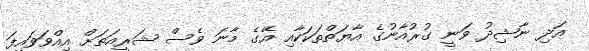
އަދި ނާޝިދު ވަނީ ގުރުއާނުގެ އާޔަތްތަކަކާއި އޭގެ މާނަ ވެސް ޝަރީއަތަށް އިއްވަވައިފަ